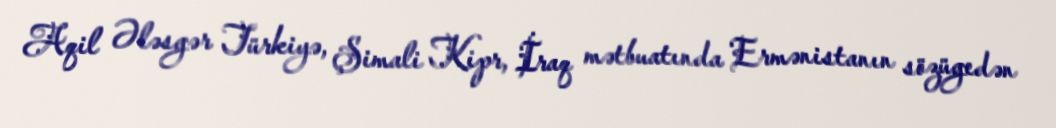
Aqil Ələsgər Türkiyə, Şimali Kipr, İraq mətbuatında Ermənistanın sözügedən